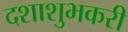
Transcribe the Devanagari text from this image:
दशाशुभकरी